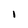
Character: I